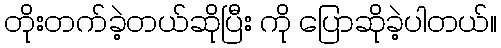
တိုးတက်ခဲ့တယ်ဆိုပြီး ကို ပြောဆိုခဲ့ပါတယ်။